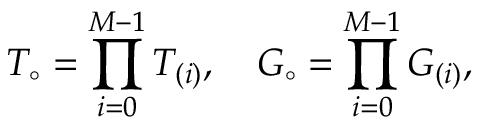
T _ { \circ } = \prod _ { i = 0 } ^ { M - 1 } T _ { ( i ) } , \quad G _ { \circ } = \prod _ { i = 0 } ^ { M - 1 } G _ { ( i ) } ,